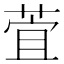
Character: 萓